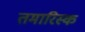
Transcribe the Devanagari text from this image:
तमारिस्क